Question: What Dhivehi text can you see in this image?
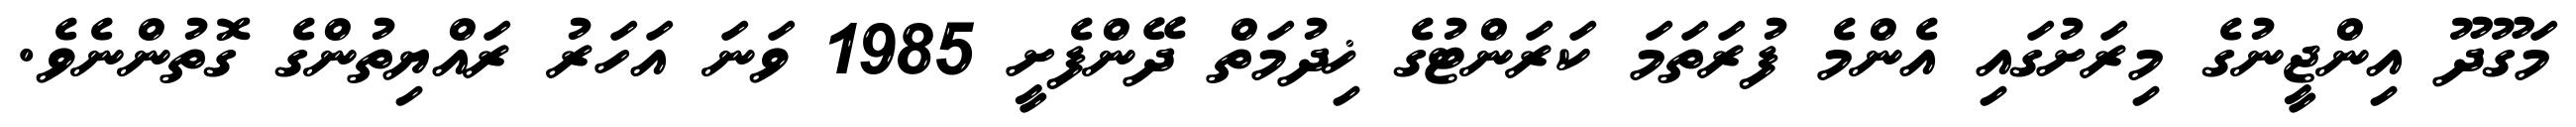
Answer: މަގޫދޫ އިންޖީނުގެ މިރަށުގައި އެންމެ ފުރަތަމަ ކަރަންޓުގެ ޚިދުމަތް ދޭންފެށީ 1985 ވަނަ އަހަރު ރައްޔިތުންގެ ގޮތުންނެވެ.